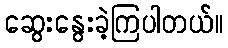
ဆွေးနွေးခဲ့ကြပါတယ်။